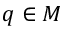
q \in M